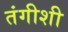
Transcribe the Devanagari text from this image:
तंगीशी